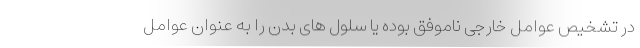
در تشخیص عوامل خارجی ناموفق بوده یا سلول های بدن را به عنوان عوامل